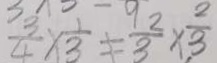
\frac { 3 } { 4 } \times \frac { 1 } { 3 } \neq \frac { 2 } { 3 } \times \frac { 2 } { 3 }